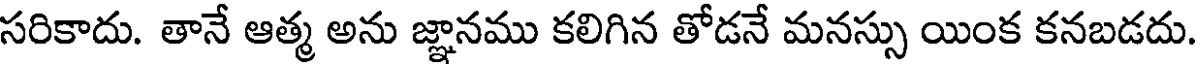
సరికాదు. తానే ఆత్మ అను జ్ఞానము కలిగిన తోడనే మనస్సు యింక కనబడదు.